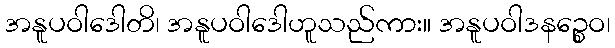
အနူပဝါဒေါတိ၊ အနူပဝါဒေါဟူသည်ကား။ အနူပဝါဒနဉ္စေဝ၊